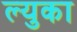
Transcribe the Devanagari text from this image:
ल्युका